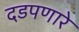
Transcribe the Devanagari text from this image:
दडपणारे